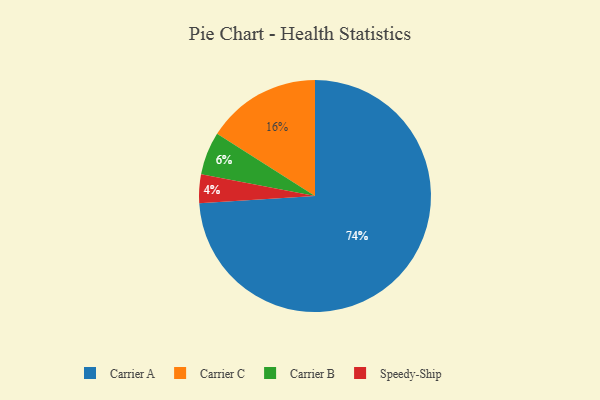
{"axis": {"x": "Category", "y": "Percentage"}, "legend": ["Carrier A", "Carrier B", "Carrier C", "Speedy-Ship"], "data": [{"x": "Carrier C", "y": 16, "type": "Carrier C"}, {"x": "Carrier A", "y": 74, "type": "Carrier A"}, {"x": "Speedy-Ship", "y": 4, "type": "Speedy-Ship"}, {"x": "Carrier B", "y": 6, "type": "Carrier B"}]}